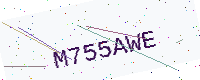
Text: M755AWE